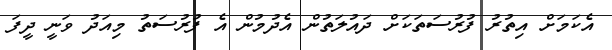
އެކަމަށް އިތުރު ފުރުސަތަކަށް ދައުލަތުން އެދުމުން އެ ފުރުސަތު މިއަދު ވަނީ ދީފަ